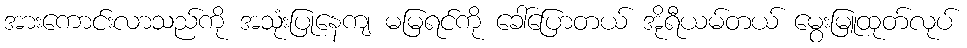
အားကောင်းလာသည်ကို အသုံးပြုနေကျ မမြရင်ကို ခေါ်ပြောတယ် အိုရီယမ်တယ် မွေးမြူထုတ်လုပ်